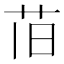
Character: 𫇰